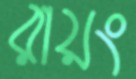
রায়ং